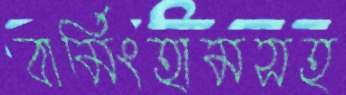
বার্মিংহামসহ